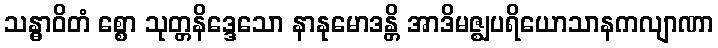
သန္ဓာဝိတံ စ္စော သုတ္တနိဒ္ဒေသော နာနုမောဒန္တိ အာဒိမဇ္ဈပရိယောသာနကလျာဏာ